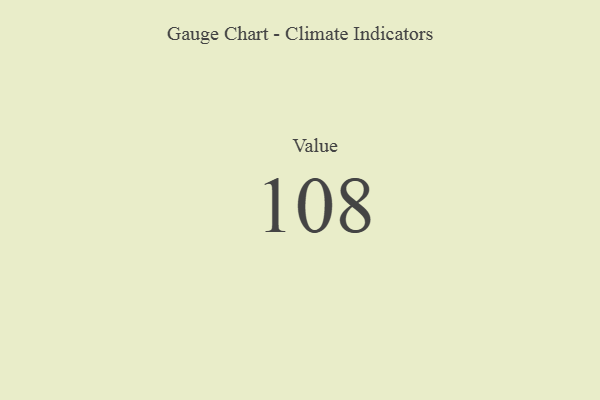
{"axis": {"x": "Metric", "y": "Value"}, "legend": [""], "data": [{"x": "Value", "y": 108, "type": ""}]}